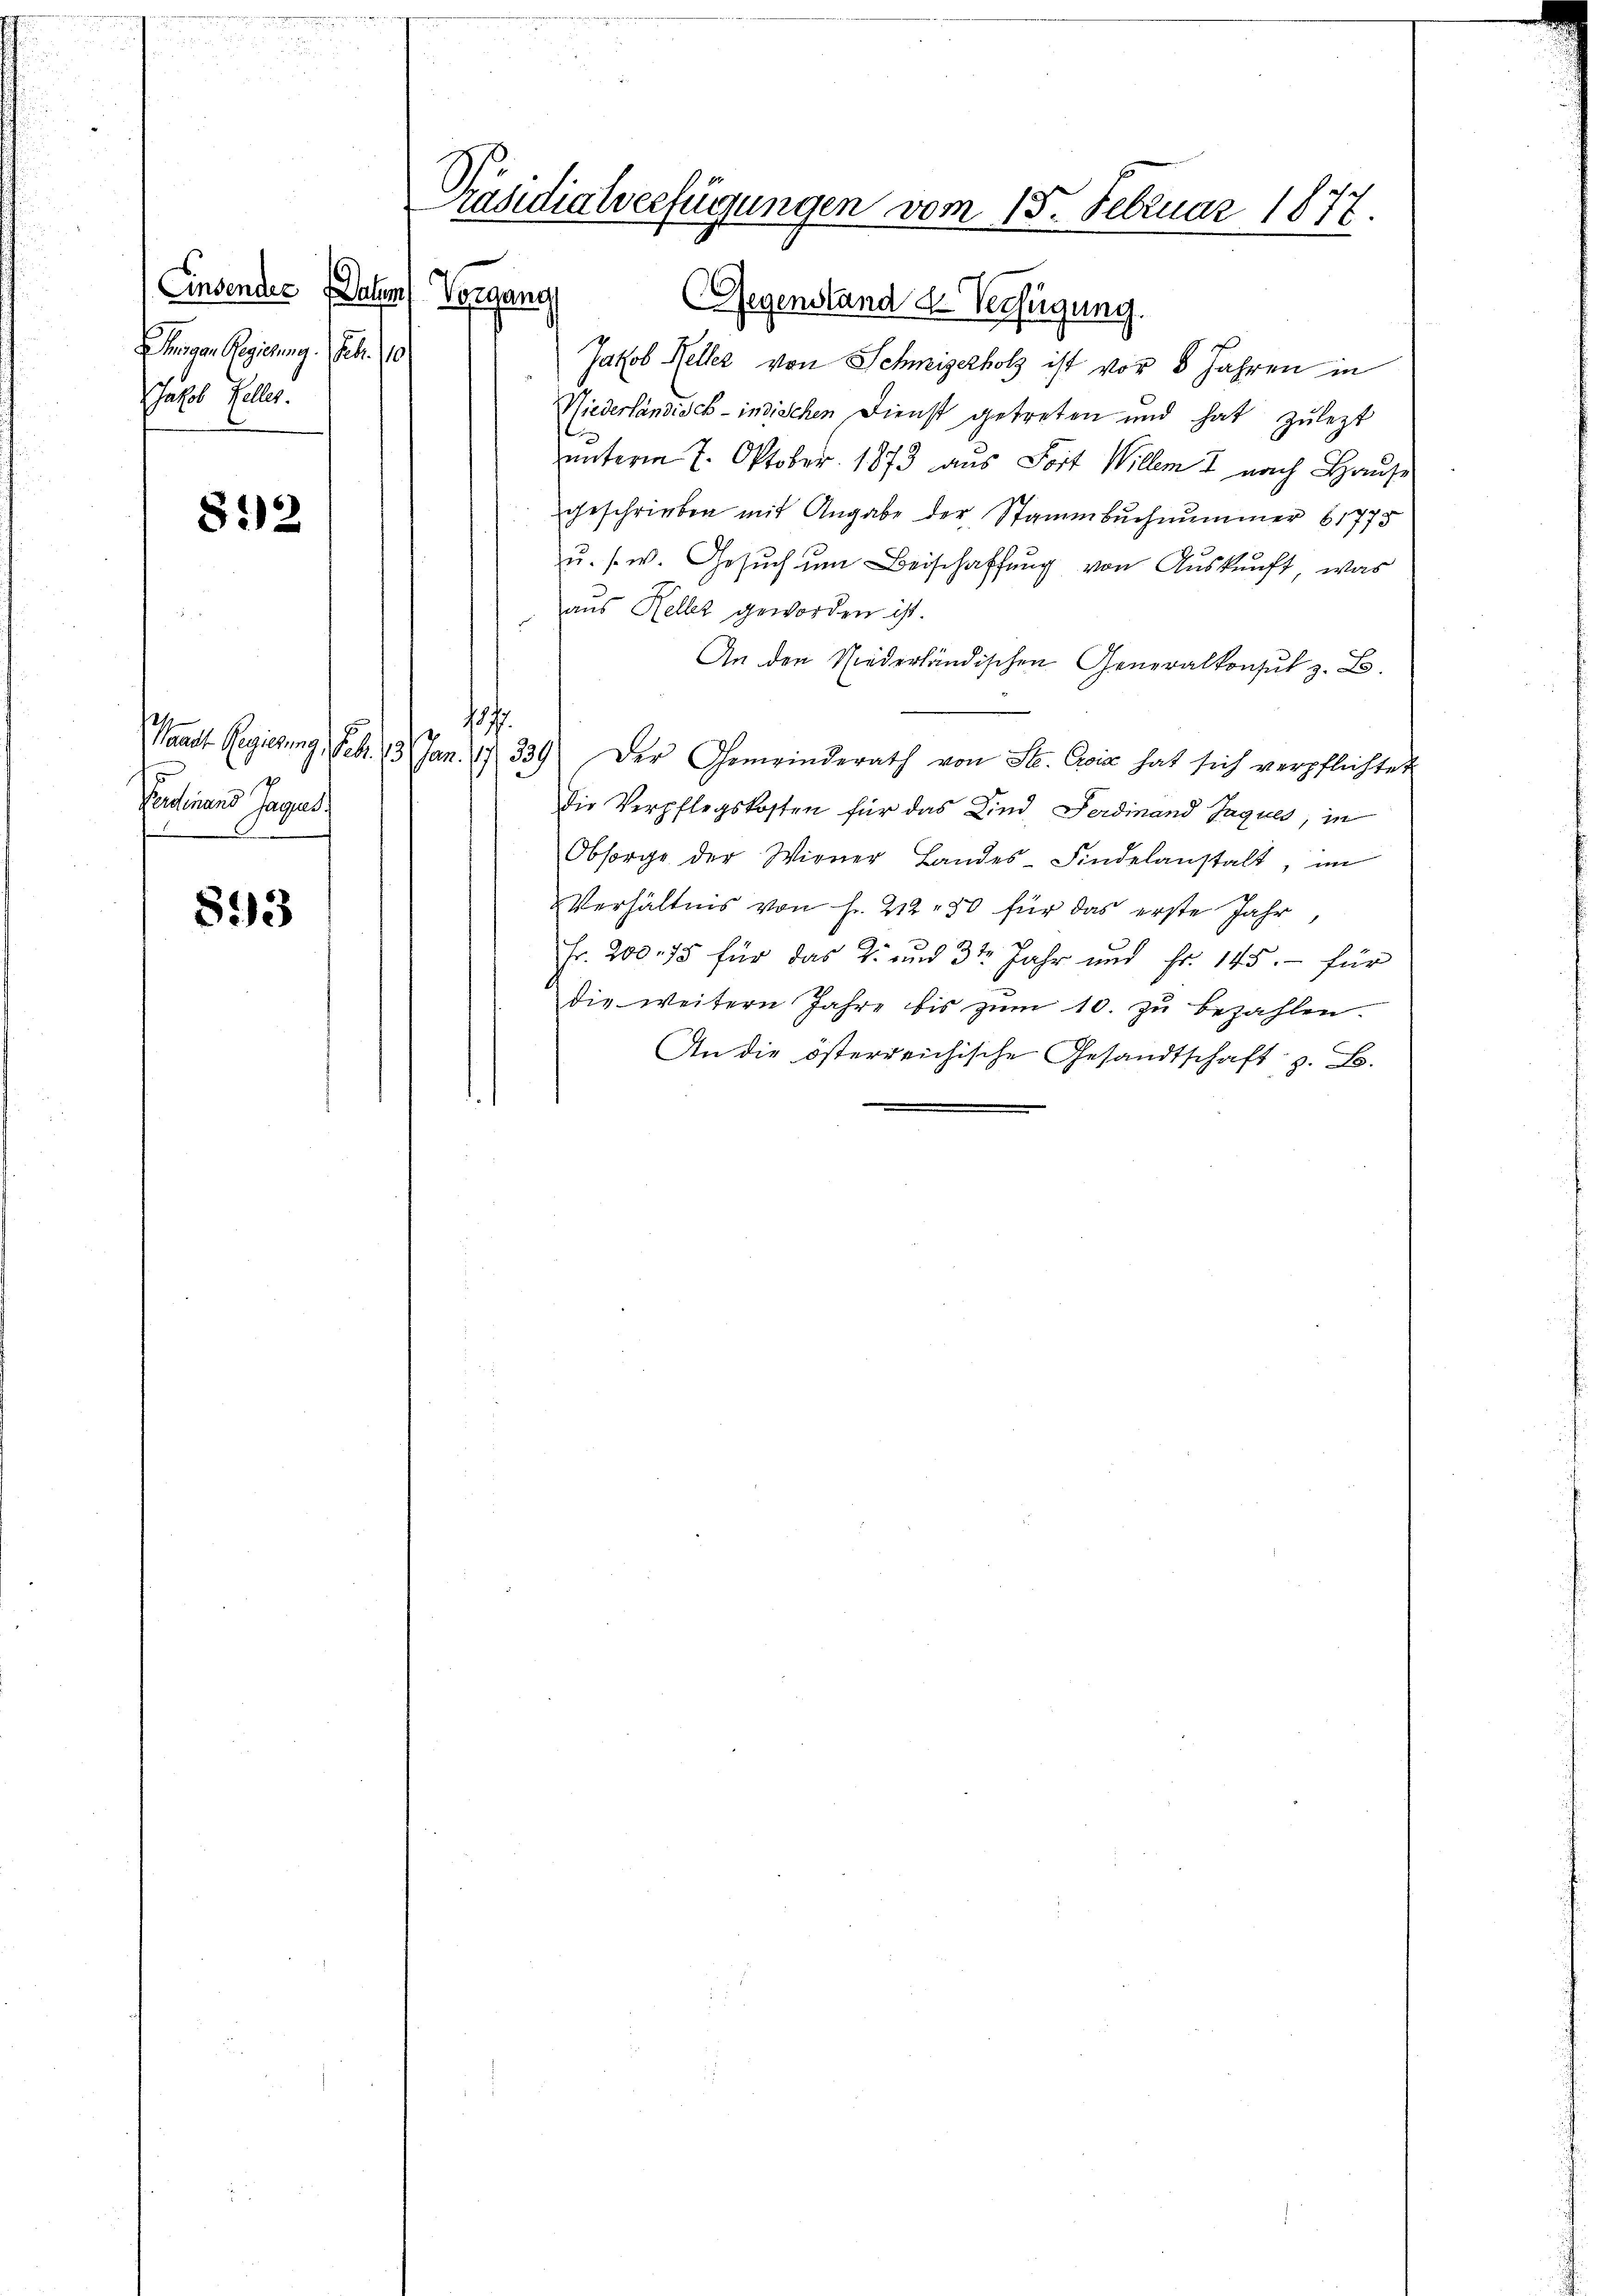
Einsendes Patent Vergang
Dingen Regierung. Febr. 10
Jakob Galler.

812

Ferdinand Jagus
893

Gegenstand de Verfügung.
Jakob Keller von Schweizerholz ist vor 8 Jahren in
Wiederländisch-indischen Dienst getreten und hat zulezt
unterm 7. Oktober. 1873 aus Sort Willem 2 nach Hause
geschrieben mit Angabe der Stammbuchnummer 61775
zu. s. w. Gesuch um Beischaffung von Auskunft, was
aus Keller geworden ist.
An den Niederländischen Generalkonsul z. B.
18.
Waadt Regierung, Febr. 13. Jan. 17. 339) Der Gemeinderath von St. Evia hat sich verpflichter
die Verpflegskosten für das Kind Ferdinand Jaques, in
Obsorge der Wiener Landes-Findelanstalt, im
Verhältnis von Fr. 212 - 50 für das erste Jahr,
Fr. 200. 75 für das 2. und 3te Jahr und Fr. 145.- für
die weitern Jahre bis zŭm 10. zŭ bezahlen.
An die österreichische Gesandtschaft z. B.

Präsidialverfügungen vom 13. Februar 1877.